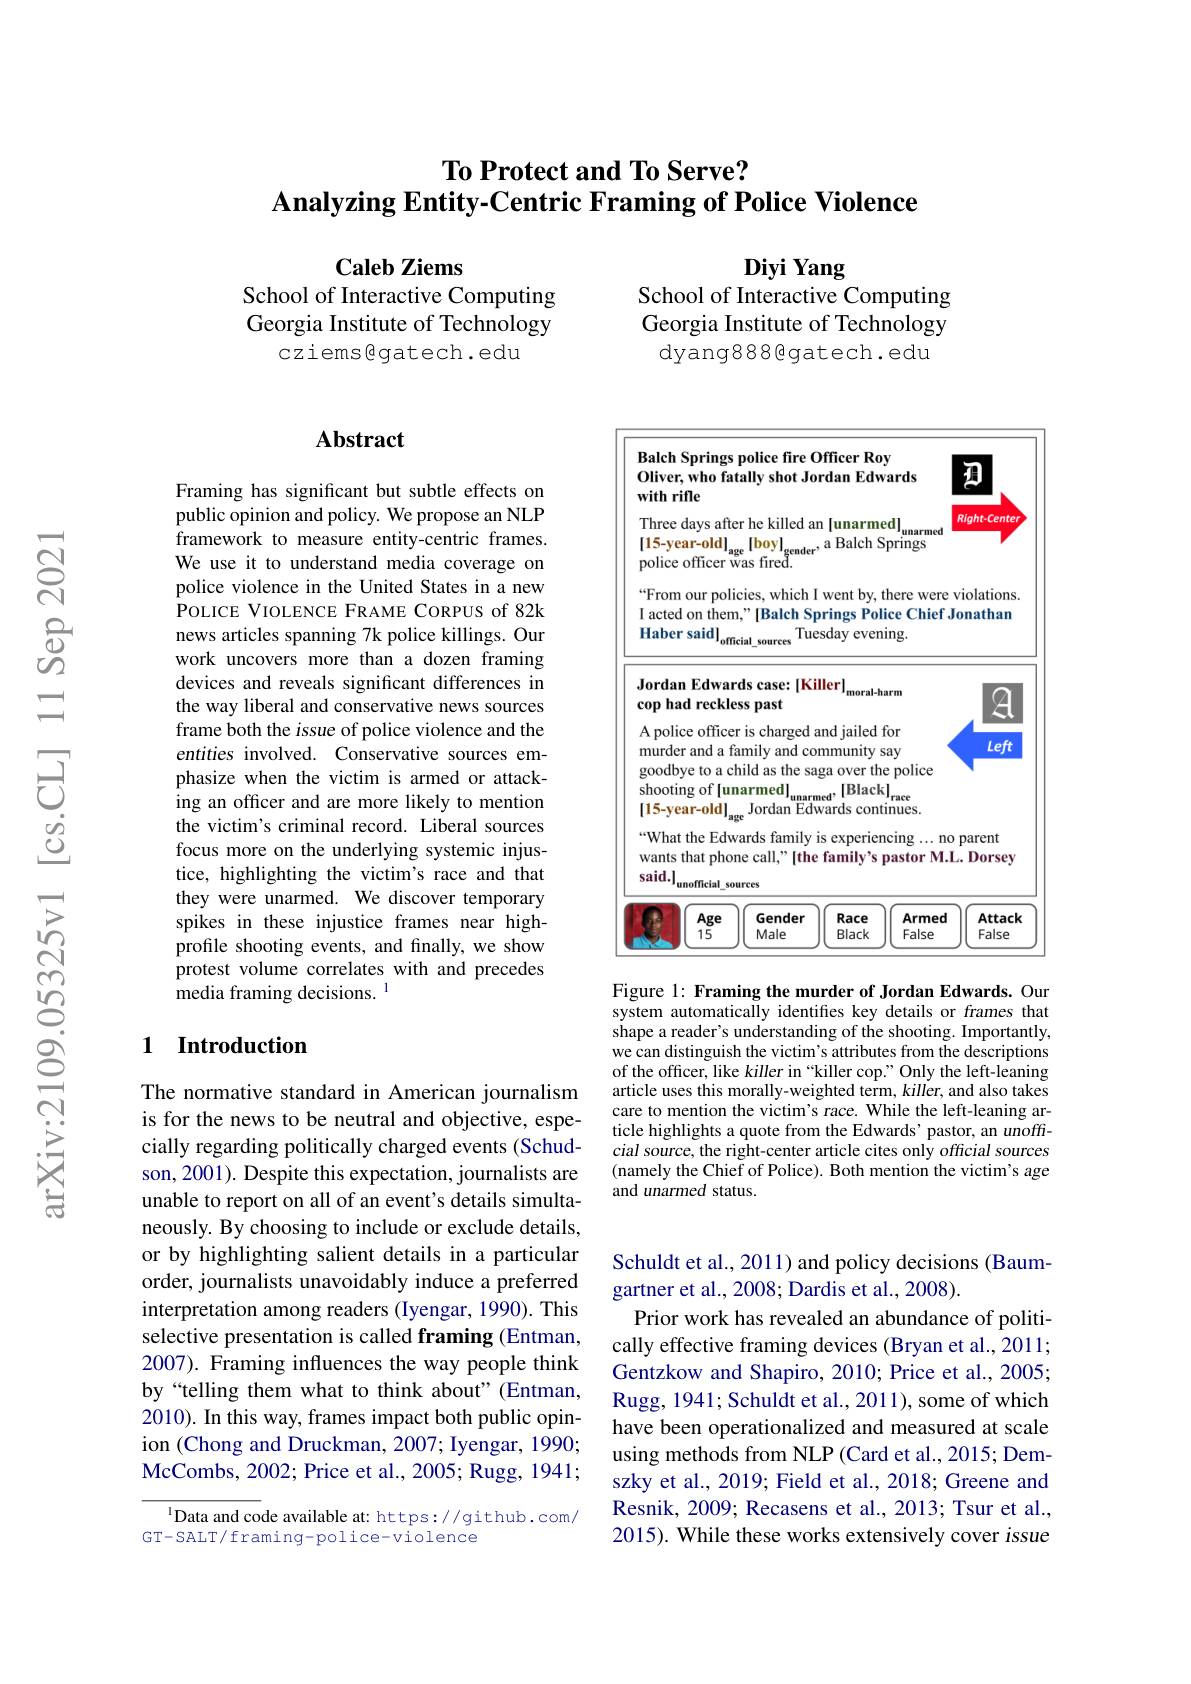
## $\textbf{To Protect and To Serve? }$ Analyzing Entity-Centric Framing of Police Violence

Caleb Ziems
School of Interactive Computing Georgia Institute of Technology
cziems@gatech.edu

Diyi Yang
School of Interactive Computing Georgia Institute of Technology
dyang8886gatech.edu

## Abstract

Framing has significant but subtle effects on public opinion and policy. We propose an NLP framework to measure entity-centric frames. We use it to understand media coverage on police violence in the United States in a new POLICE VIOLENCE FRAME CORPUS of 82k news articles spanning 7k police killings. Our work uncovers more than a dozen framing devices and reveals significant differences in the way liberal and conservative news sources frame both the issue of police violence and the entities involved. Conservative sources emphasize when the victim is armed or attacking an officer and are more likely to mention the victim's criminal record. Liberal sources focus more on the underlying systemic injustice, highlighting the victim's race and that they were unarmed. We discover temporary spikes in these injustice frames near highprofile shooting events, and finally, we show protest volume correlates with and precedes media framing decisions. $^{1}$

### 1 Introduction

The normative standard in American journalism is for the news to be neutral and objective, especially regarding politically charged events (Schudson, 2001). Despite this expectation, journalists are unable to report on all of an event's details simultaneously. By choosing to include or exclude details, or by highlighting salient details in a particular order, journalists unavoidably induce a preferred interpretation among readers (Iyengar, 1990). This selective presentation is called framing (Entman, 2007). Framing influences the way people think by“telling them what to think about”(Entman, 2010). In this way, frames impact both public opinion (Chong and Druckman, 2007; Iyengar, 1990; McCombs, 2002; Price et al., 2005; Rugg, 1941;

$^{1}$Data and code available at: https://github.com/
GT-SALT/framing-police-violence

<FigureHere>

Figure 1: Framing the murder of Jordan Edwards. Our system automatically identifies key details or frames that shape a reader's understanding of the shooting. Importantly, we can distinguish the victim's attributes from the descriptions of the officer, like killer in “killer cop.” Only the left-leaning article uses this morally-weighted term, killer, and also takes care to mention the victim's race. While the left-leaning article highlights a quote from the Edwards' pastor, an unofficial source, the right-center article cites only official sources (namely the Chief of Police). Both mention the victim's age and unarmed status.

Schuldt et al., 2011) and policy decisions (Baum-
gartner et al., 2008; Dardis et al., 2008).
Prior work has revealed an abundance of politically effective framing devices (Bryan et al., 2011; Gentzkow and Shapiro, 2010; Price et al., 2005; Rugg, 1941; Schuldt et al., 2011), some of which have been operationalized and measured at scale using methods from NLP (Card et al., 2015; Demszky et al., 2019; Field et al., 2018; Greene and Resnik, 2009; Recasens et al., 2013; Tsur et al., 2015). While these works extensively cover issue